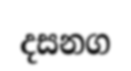
දසනග